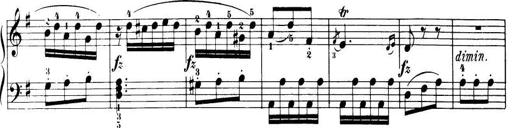
Title: 32 Sonatinas and Rondos for the Piano
Composer: Richard Kleinmichel